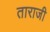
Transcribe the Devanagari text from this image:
ताराजी